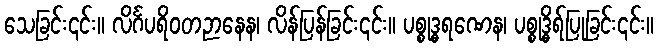
သေခြင်း၎င်း။ လိင်္ဂပရိဝတဉာနေန၊ လိန်ပြန်ခြင်း၎င်း။ ပစ္စုဒ္ဓရဏေန၊ ပစ္စုဒ္ဓိရ်ပြုခြင်း၎င်း။